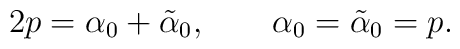
2p=\alpha_0+\tilde{\alpha}_0, ~~~~~~\alpha_0=\tilde{\alpha}_0=p.